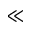
\ll